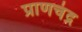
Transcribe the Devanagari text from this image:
प्राणचंद्र